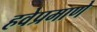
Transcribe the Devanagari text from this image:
हवेप्रमाणे